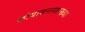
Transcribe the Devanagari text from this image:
कोयासनसारख्या